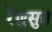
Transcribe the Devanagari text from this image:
रेणुसुत्र